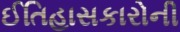
ઈતિહાસકારોની